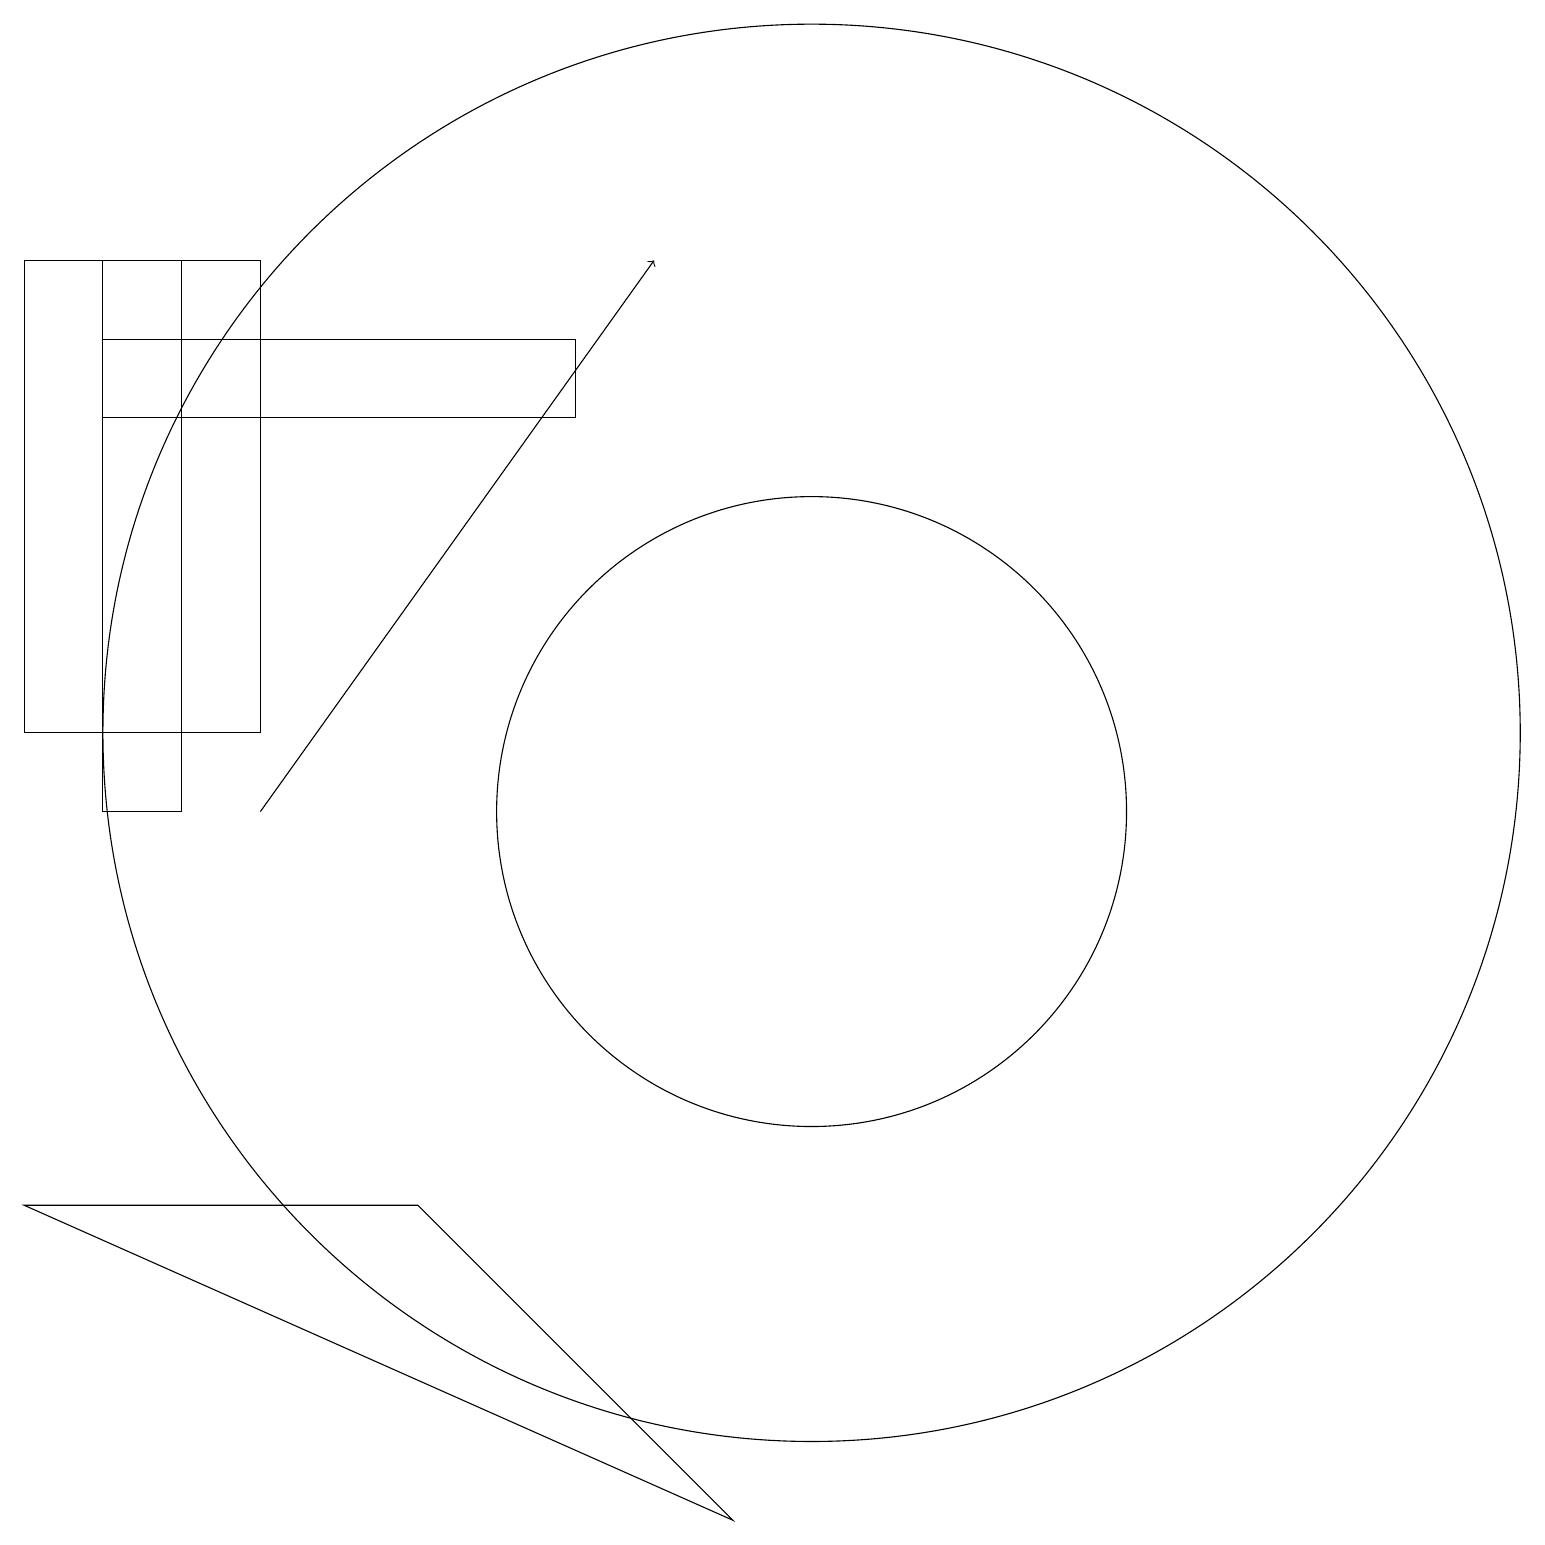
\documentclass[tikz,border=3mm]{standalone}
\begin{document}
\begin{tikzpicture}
\draw (2,17) rectangle (1,10);
\draw (10,10) circle (4);
\draw (1,16) rectangle (7,15);
\draw[->] (3,10) -- (8,17);
\draw (10,11) circle (9);
\draw (5,5) -- (0,5) -- (9,1) -- cycle;
\draw (3,11) rectangle (0,17);
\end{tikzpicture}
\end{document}